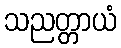
သညတ္တာယံ